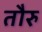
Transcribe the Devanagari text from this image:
तौरु